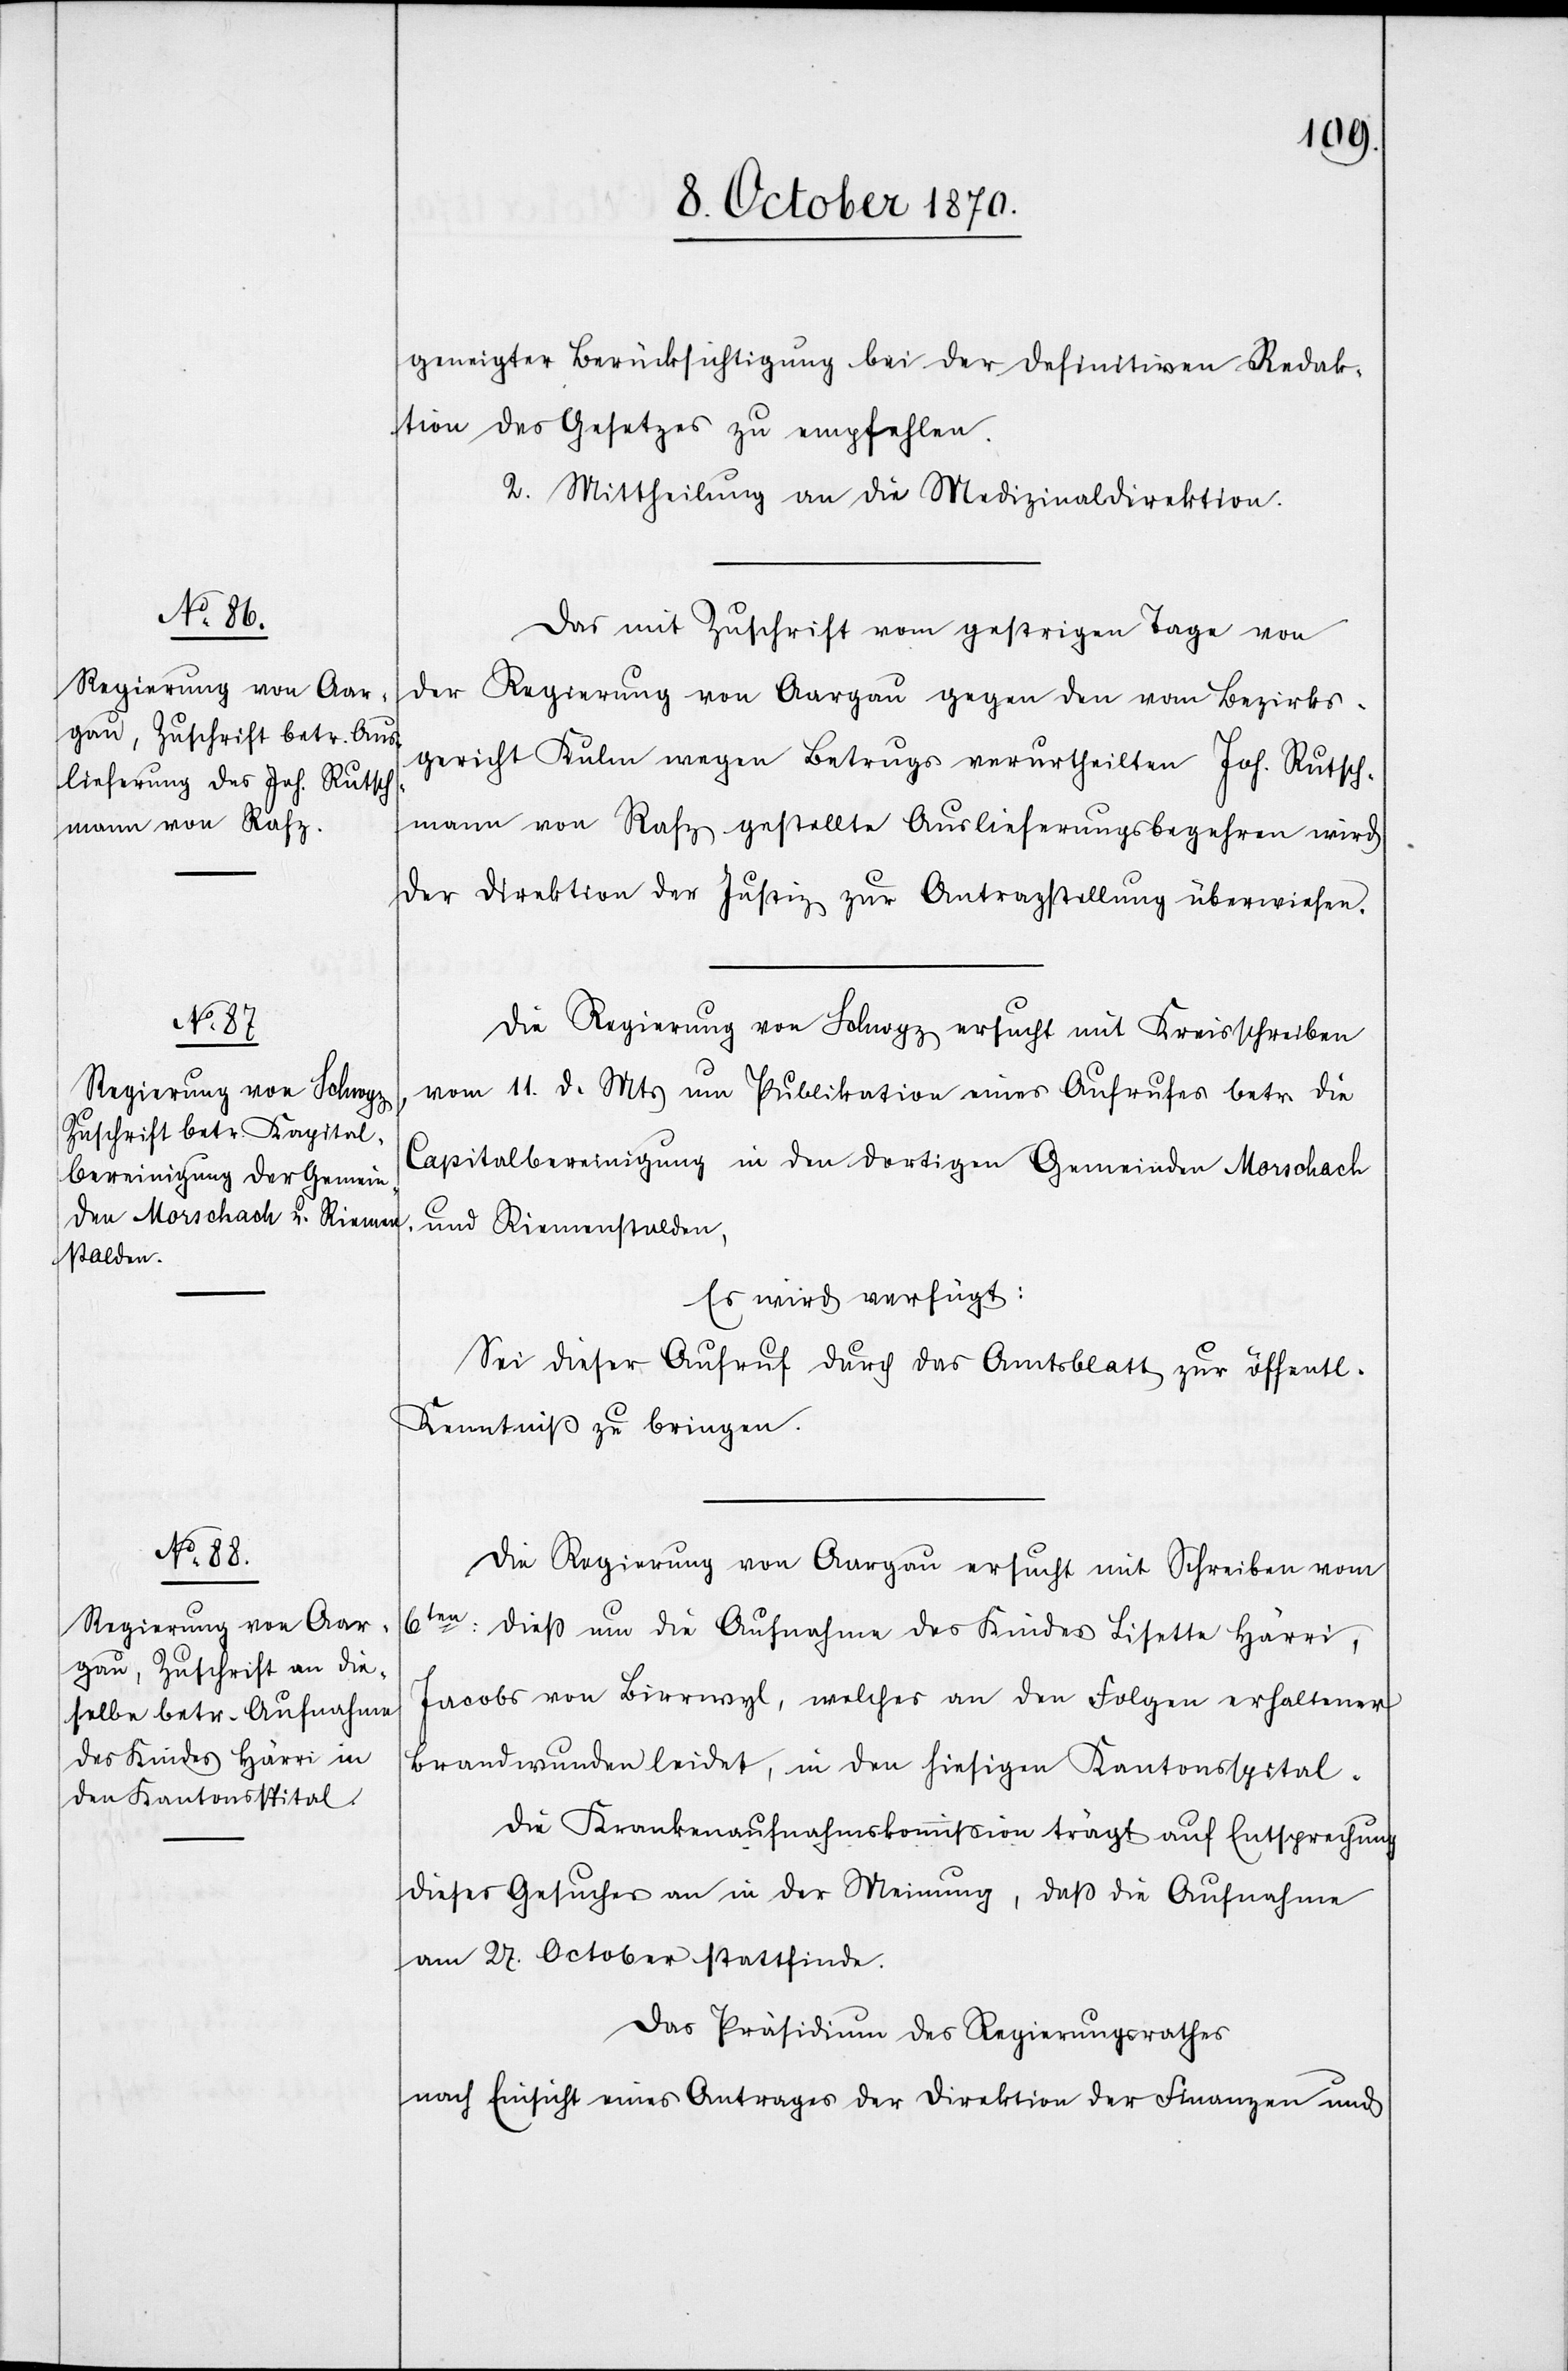
13. October 1870.]
geneigter Berücksichtigung bei der definitiven Redak¬
tion des Gesetzes zu empfehlen.
2. Mittheilung an die Medizinaldirektion.
Das mit Zuschrift vom gestrigen Tage von
der Regierung von Aargau gegen den vom Bezirks¬
gericht Kulm wegen Betrugs verurtheilten Joh. Rutsch¬
mann von Rafz gestellte Auslieferungsbegehren wird
der Direktion der Justiz zur Antragstellung überwiesen.
Die Regierung von Schwyz ersucht mit Kreisschreiben
vom 11. d. Mts. um Publikation eines Aufrufes betr. die
Capitalbereinigung in den dortigen Gemeinden Morschach
und Riemenstalden,
Es wird verfügt:
Sei dieser Aufruf durch das Amtsblatt zur öffentl.
Kenntniß zu bringen.
Die Regierung von Aargau ersucht mit Schreiben vom
6ten: dieß um die Aufnahme des Kindes Lisette Härri,
Jacobs von Birrwyl, welches an den Folgen erhaltener
Brandwunden leidet, in den hiesigen Kantonsspital.
Die Krankenaufnahmskommißion trägt auf Entsprechung
dieses Gesuches an in der Meinung, daß die Aufnahme
am 27. October stattfinde.
Das Präsidium des Regierungsrathes
nach Einsicht eines Antrages der Direktion der Finanzen und